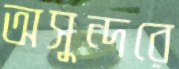
অসুন্দরে